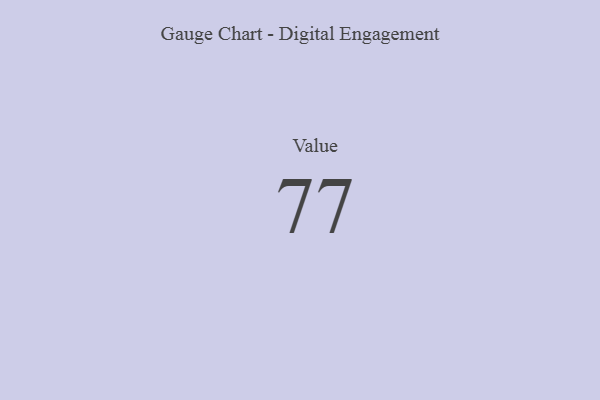
{"axis": {"x": "Metric", "y": "Value"}, "legend": [""], "data": [{"x": "Value", "y": 77, "type": ""}]}